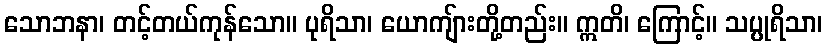
သောဘနာ၊ တင့်တယ်ကုန်သော။ ပုရိသာ၊ ယောကျ်ားတို့တည်း။ ဣတိ၊ ကြောင့်။ သပ္ပုရိသာ၊